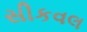
સીકવલ